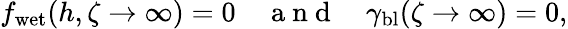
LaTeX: f_{\mathrm{wet}}(h,\zeta\to\infty)=0\quad\mathrm{~a~n~d~}\quad\gamma_{\mathrm{bl}}(\zeta\to\infty)=0,